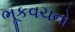
ભૂકવચનો